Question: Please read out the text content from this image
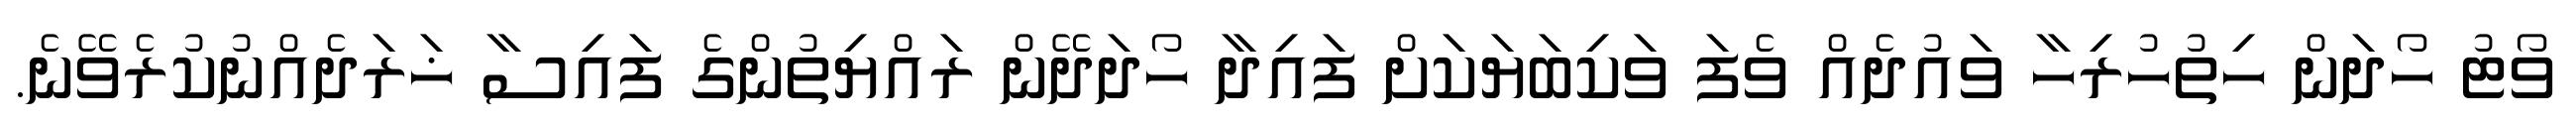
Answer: ވޯޓު ހޯދަން ހިތުހުރިހާ ވައުދެއް ވެފަ ވަކިބަޔަކަށް ފައިދާ ހޯދަދޭން ރައްޔިތުންގެ ފައިސާ ޚަރަދެއްނުކުރެވޭނެ.